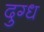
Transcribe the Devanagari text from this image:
दुग्‍ध